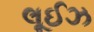
લૂઈઝ